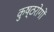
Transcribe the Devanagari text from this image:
कुष्ठरोगों